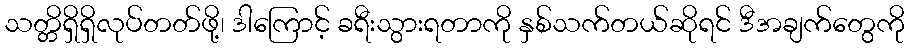
သတ္တိရှိရှိလုပ်တတ်ဖို့၊ ဒါကြောင့် ခရီးသွားရတာကို နှစ်သက်တယ်ဆိုရင် ဒီအချက်တွေကို